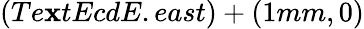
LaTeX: (Te\mathbf{x}tEcdE.east)+(1mm,0)